Ajakirja_Uliopilasleht_toimetus, lk 25
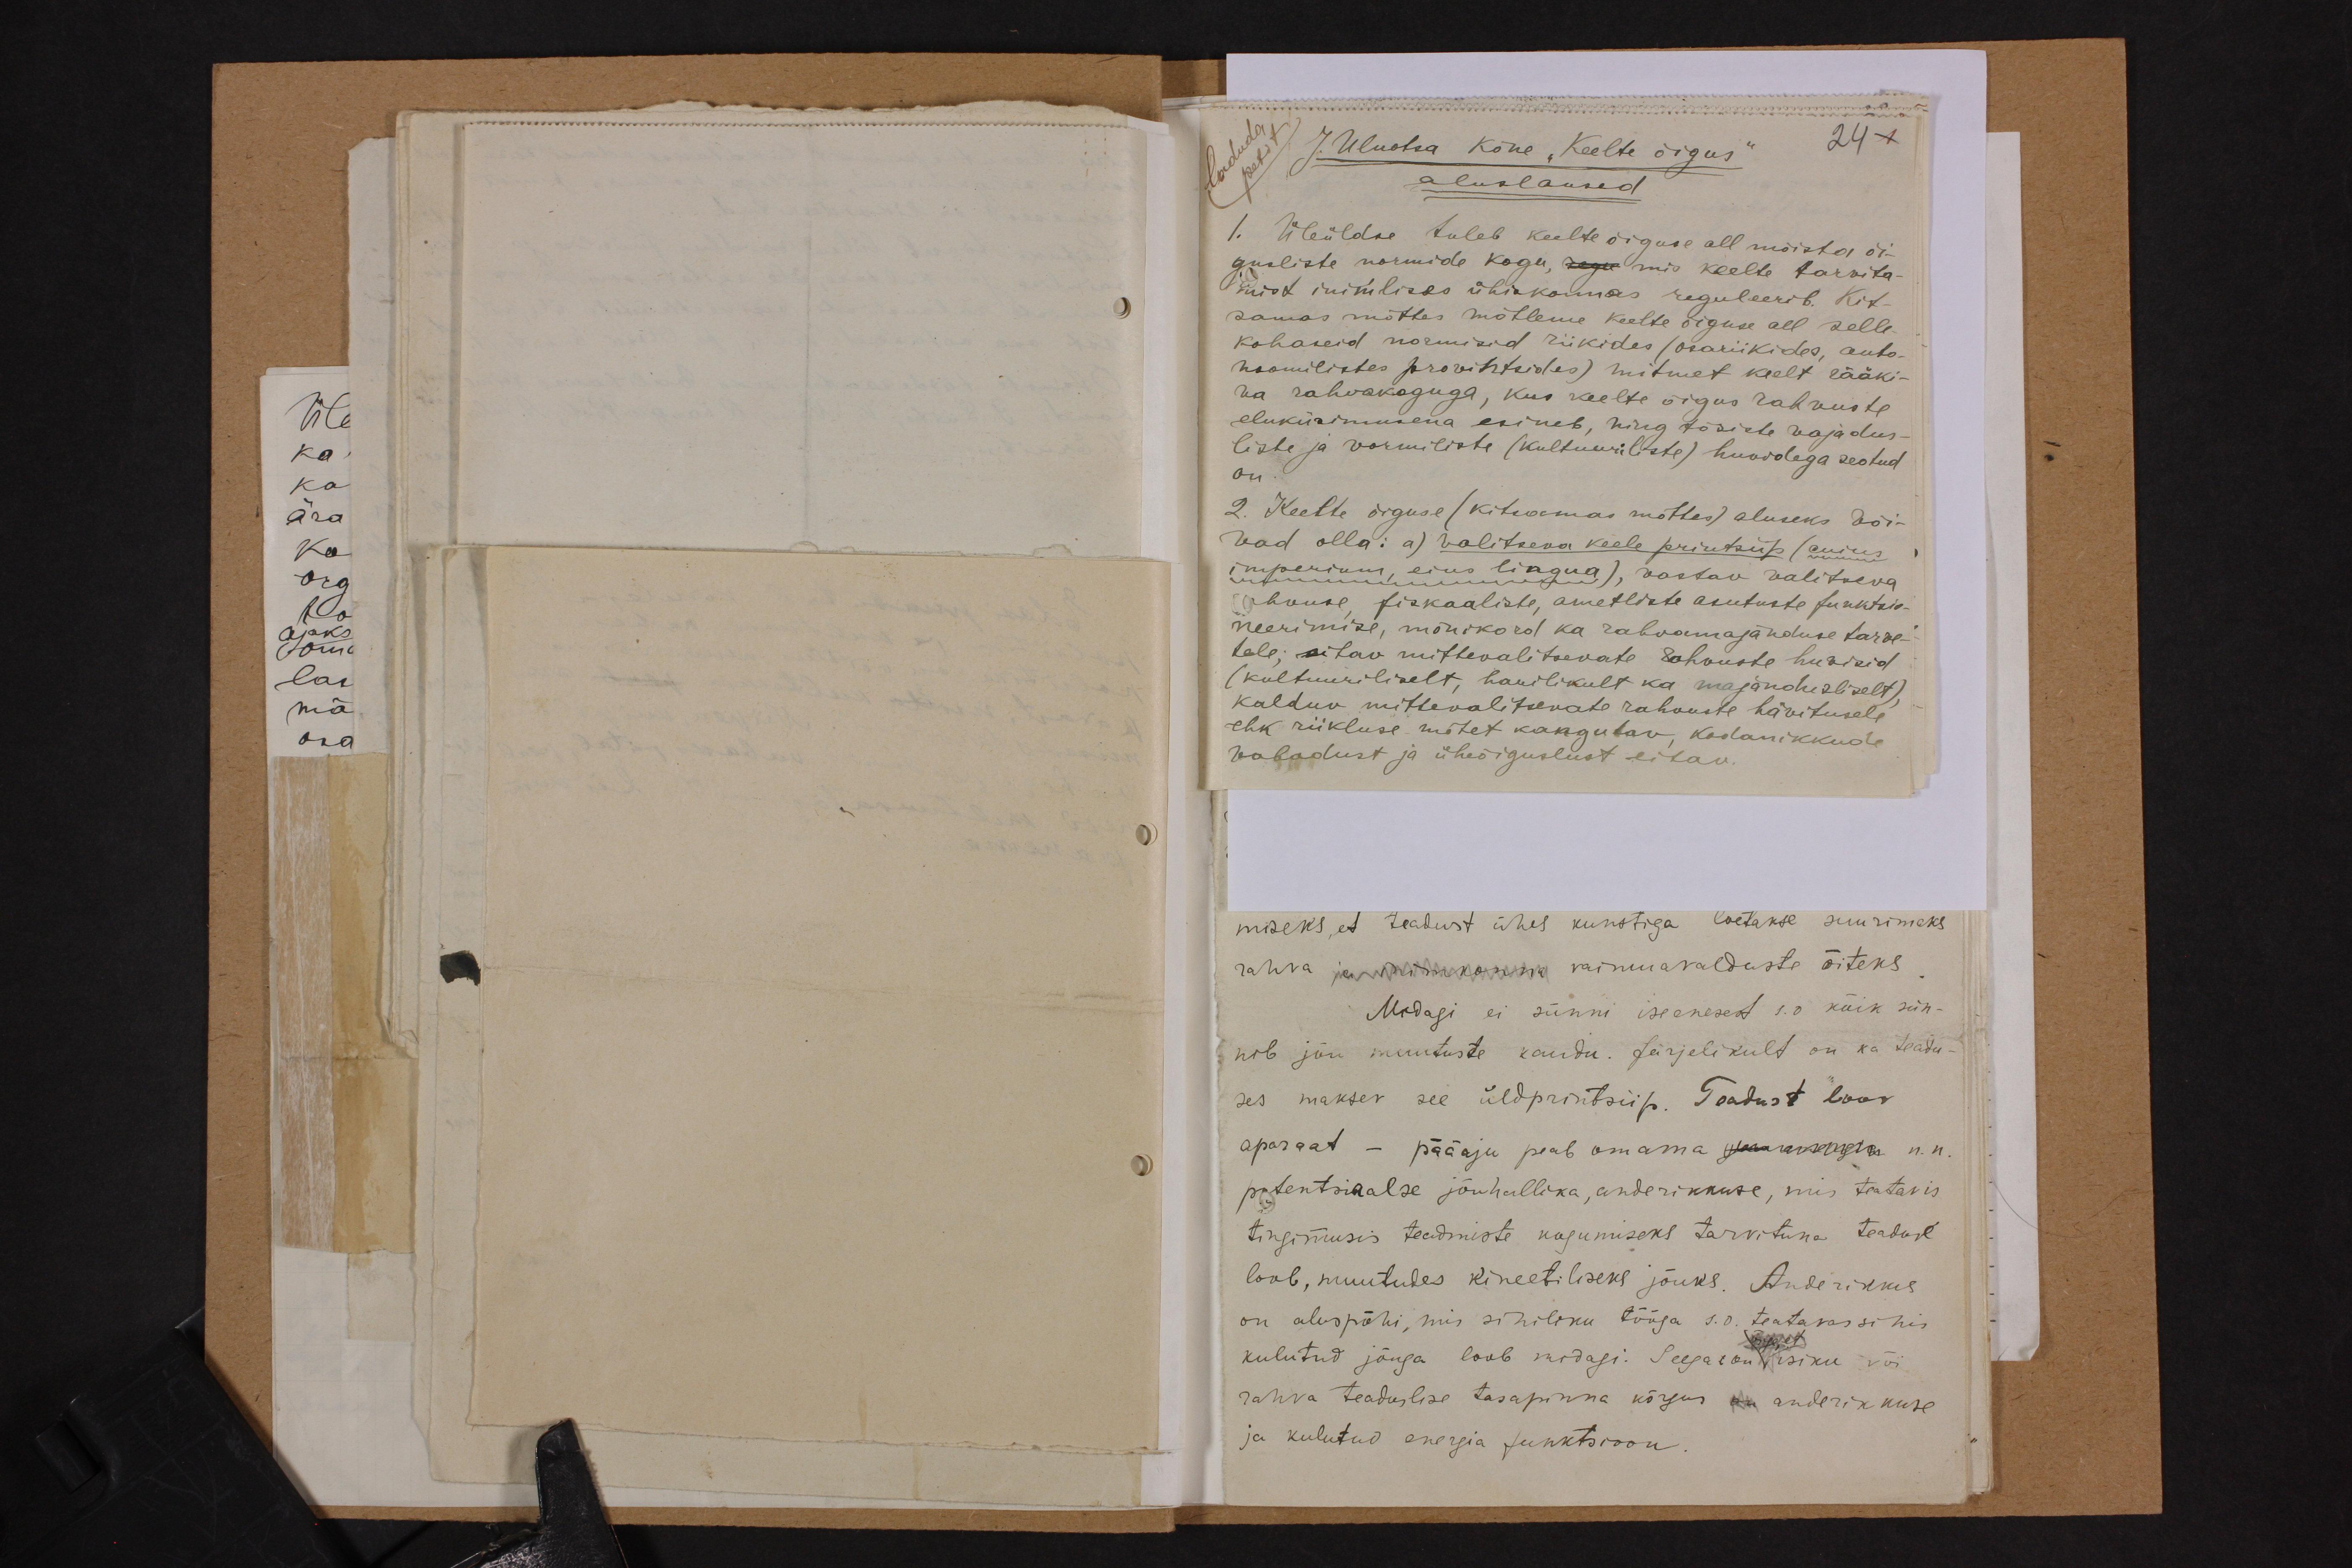
J. Uluotsa kõne "Keelte õigus"
24 1
aluslaused.
Üleüldse tuleb keelte õiguse all mõista õi-
gusliste normide kogu, regu mis keelte tarvita-
mist inimlises ühiskonnas reguleerib. Kit-
samas mõttes mõtleme keelte õiguse all selle-
kohaseid normisid riikides (osariikides, auto-
noomilistes provintsides) mitmet keelt rääki-
va rahvakoguga, kus keelte õigus rahvuste
eluküsimusena esineb, ning tõsiste vajadus-
liste ja vormiliste (kultuuriliste) huvidega seotud
on.
2. Keelte õiguse (kitsamas mõttes) aluseks või-
vad olla: a) Valitseva keele printsiip (cuius
imperium, eius lingua), vastav valitseva
rahvuse, fiskaaliste, ametliste asutuste funktsio-
neerimise, mõnikord ka rahvamajanduse tarve-
tele; aitav mittevalitsevate rahvuste huvisid
(kultuuriliselt, harilikult ka majandusliselt),
kalduv mittevalitsevate rahvuste hävitusele
ehk riikluse mõtet kangutav, kodanikkude
vabadust ja üheõiguslust eitav.